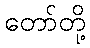
တော်တို့